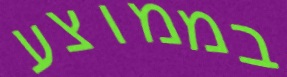
בממוצע